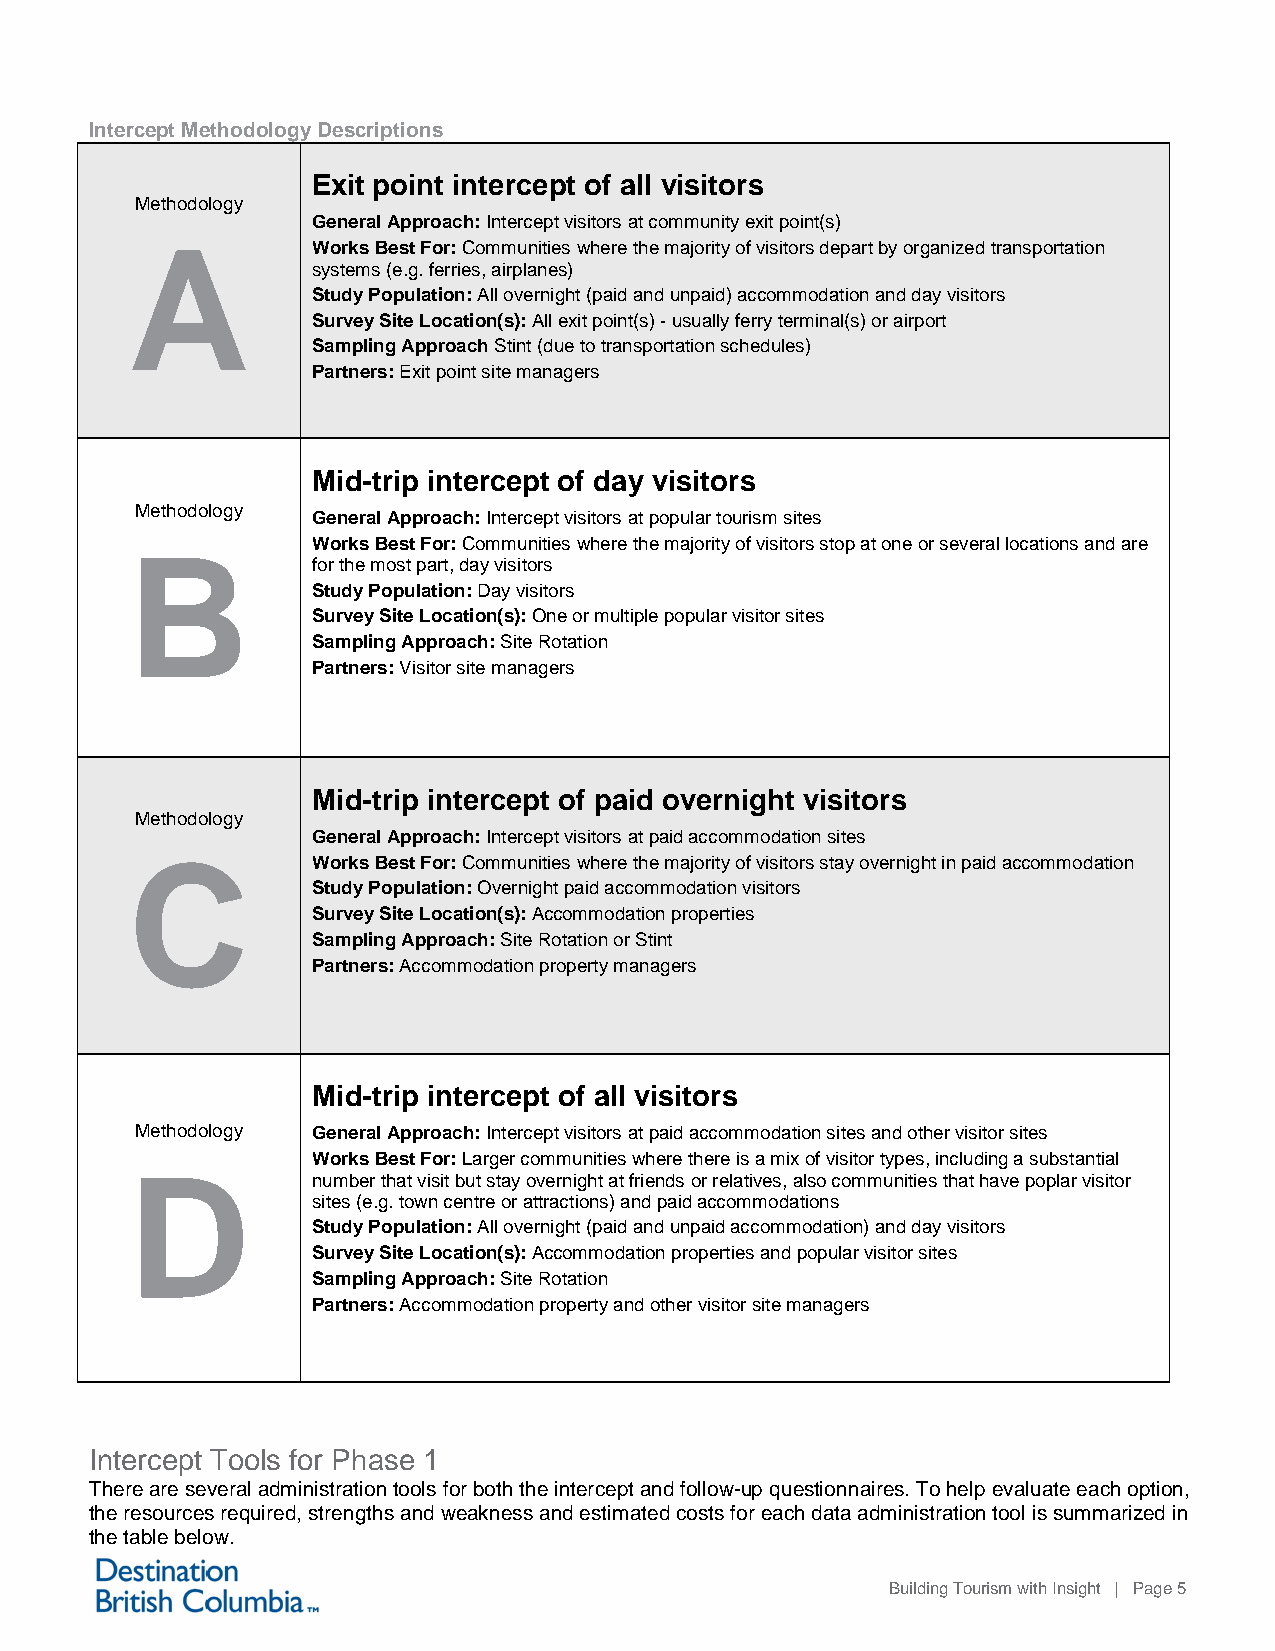
Intercept Methodology Descriptions
 Exit point intercept of all visitors
 Methodology
 General Approach: Intercept visitors at community exit point(s)
 Works Best For: Communities where the majority of visitors depart by organized transportation
 A           systems (e.g. ferries, airplanes)
 Study Population: All overnight (paid and unpaid) accommodation and day visitors
 Survey Site Location(s): All exit point(s) - usually ferry terminal(s) or airport
 Sampling Approach Stint (due to transportation schedules)
 Partners: Exit point site managers
 Mid-trip intercept of day visitors
 Methodology
 General Approach: Intercept visitors at popular tourism sites
 Works Best For: Communities where the majority of visitors stop at one or several locations and are
 for the most part, day visitors
 B
 Study Population: Day visitors
 Survey Site Location(s): One or multiple popular visitor sites
 Sampling Approach: Site Rotation
 Partners: Visitor site managers
 Mid-trip intercept of paid overnight visitors
 Methodology
 General Approach: Intercept visitors at paid accommodation sites
 Works Best For: Communities where the majority of visitors stay overnight in paid accommodation
 C           Study Population: Overnight paid accommodation visitors
 Survey Site Location(s): Accommodation properties
 Sampling Approach: Site Rotation or Stint
 Partners: Accommodation property managers
 Mid-trip intercept of all visitors
 Methodology General Approach: Intercept visitors at paid accommodation sites and other visitor sites
 Works Best For: Larger communities where there is a mix of visitor types, including a substantial
 number that visit but stay overnight at friends or relatives, also communities that have poplar visitor
 D           sites (e.g. town centre or attractions) and paid accommodations
 Study Population: All overnight (paid and unpaid accommodation) and day visitors
 Survey Site Location(s): Accommodation properties and popular visitor sites
 Sampling Approach: Site Rotation
 Partners: Accommodation property and other visitor site managers
 Intercept Tools for Phase 1
 There are several administration tools for both the intercept and follow-up questionnaires. To help evaluate each option,
 the resources required, strengths and weakness and estimated costs for each data administration tool is summarized in
 the table below.
 Building Tourism with Insight | Page 5